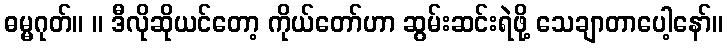
ဓမ္မဂုတ်။ ။ ဒီလိုဆိုယင်တော့ ကိုယ်တော်ဟာ ဆွမ်းဆင်းရဲဖို့ သေချာတာပေါ့နော်။